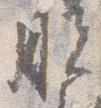
脱